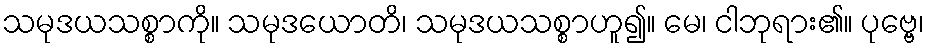
သမုဒယသစ္စာကို။ သမုဒယောတိ၊ သမုဒယသစ္စာဟူ၍။ မေ၊ ငါဘုရား၏။ ပုဗ္ဗေ၊